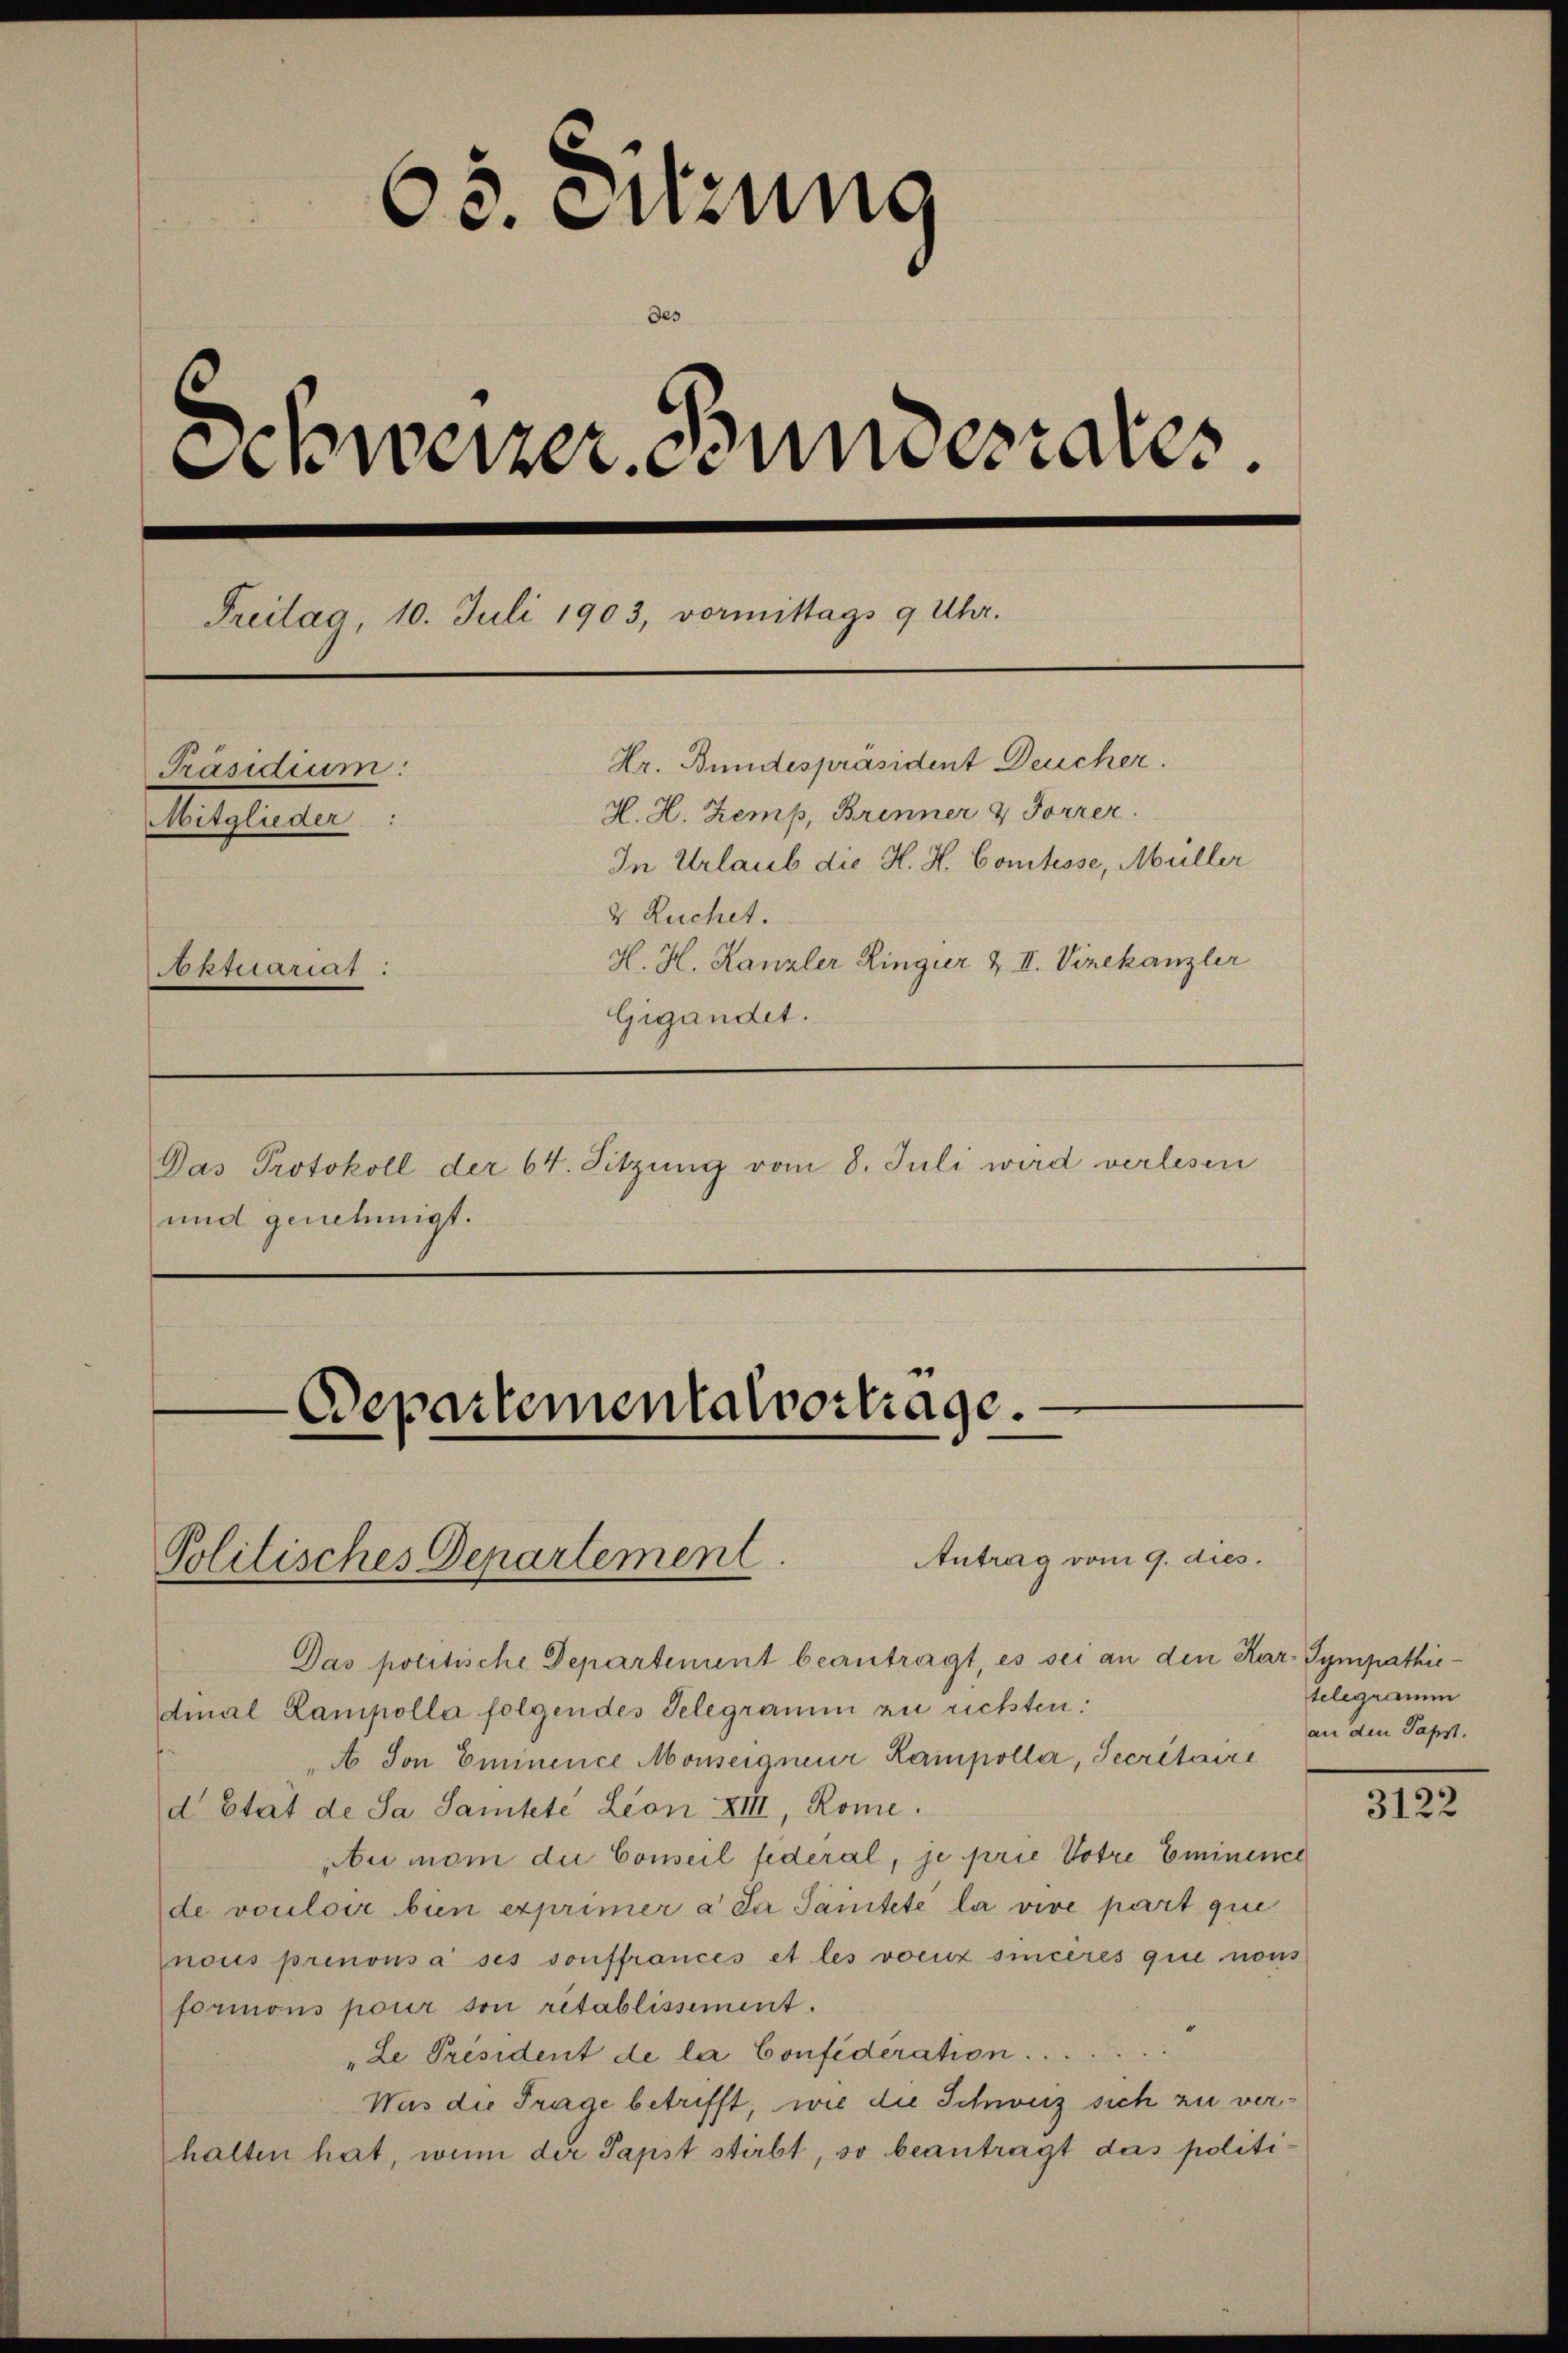
¬
65. Sitzung
Schweizer Sommesrates.
Freitag, 10. Juli 1903, vormittags 9 Uhr.
Hr. Bundespräsident Deucher.
Präsidium:
H. H. Zemp, Brenner & Forrer.
Mitglieder
In Urlaub die H. H. Comtesse, Müller
v Ruchet.
H. H. Kanzler Ringier & II. Vizekanzler
Soktuariat:
Gigandet.
Das Protokoll der 64. Sitzung vom 8. Juli wird verlesen
und genehmigt.

Departementalvortrage.

Antrag vom 9. dies.
Politisches Departement.

Das politische Departenunt beantragt, es sei an den Kar- Sympathiedmal Lampolla folgendes Telegramm zu richten:
A Son Eminence Monseigneur Kampolla, Secretaire
d Etat de Sa Samtete Leon XIII, Rome.
u mom die Conseil federal, je prie Votre Eminence
de vouloir bin exprimer a da Sanitete la vive part que
mnous prenonsa ses sonffrances et les voeux sincères que nous
formons pour son rétablissement.
"Le Président de la Confideration ...
Was die Frage betrifft, wie die Schweiz sich zu verhalten hat, wenn der Papst stirbt, so beantragt das politi¬

telegramm
an den Papst.

3122